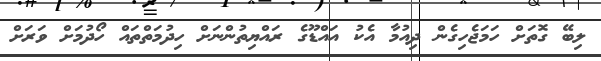
ލިބޭ ގޮތަށް ހަމަޖެހިގެން ދިއުމާ އެކު އައްޑޫގެ ރައްޔިތުންނަށް ހިދުމަތްތައް ހޯދުމަށް ވަރަށް